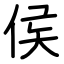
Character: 侯